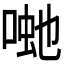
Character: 𭈽